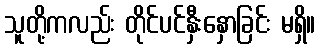
သူတို့ကလည်း တိုင်ပင်နှီးနှောခြင်း မရှိ။